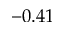
- 0 . 4 1